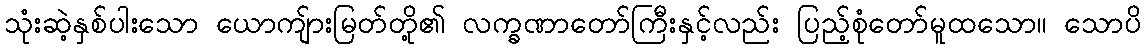
သုံးဆဲ့နှစ်ပါးသော ယောကျ်ားမြတ်တို့၏ လက္ခဏာတော်ကြီးနှင့်လည်း ပြည့်စုံတော်မူထသော။ သောပိ